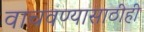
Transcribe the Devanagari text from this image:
वाचवण्यासाठीही